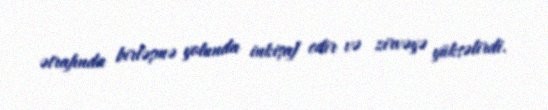
ətrafında birləşmə yolunda inkişaf edir və zirvəyə yüksəlirdi.